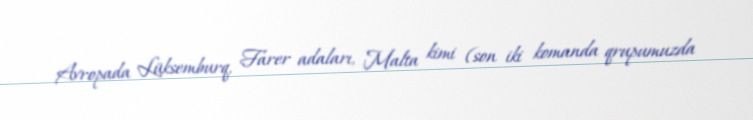
Avropada Lüksemburq, Farer adaları, Malta kimi (son iki komanda qrupumuzda